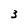
Character: 3